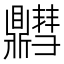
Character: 䵻